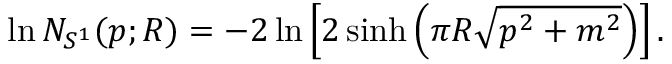
\ln N _ { S ^ { 1 } } ( p ; R ) = - 2 \ln \left[ 2 \sinh \left( \pi R \sqrt { p ^ { 2 } + m ^ { 2 } } \right) \right] .